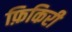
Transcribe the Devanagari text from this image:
फ़िकिरी